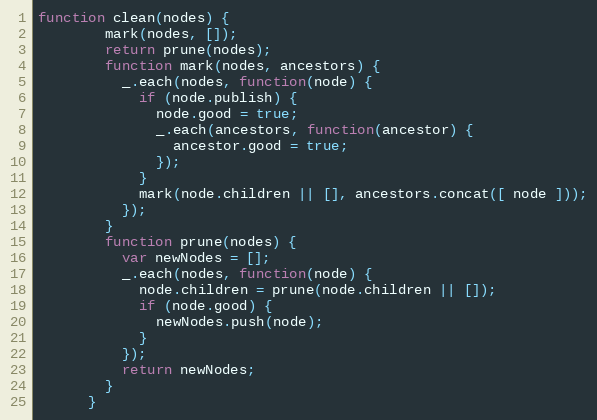
Language: JavaScript
function clean(nodes) {
        mark(nodes, []);
        return prune(nodes);
        function mark(nodes, ancestors) {
          _.each(nodes, function(node) {
            if (node.publish) {
              node.good = true;
              _.each(ancestors, function(ancestor) {
                ancestor.good = true;
              });
            }
            mark(node.children || [], ancestors.concat([ node ]));
          });
        }
        function prune(nodes) {
          var newNodes = [];
          _.each(nodes, function(node) {
            node.children = prune(node.children || []);
            if (node.good) {
              newNodes.push(node);
            }
          });
          return newNodes;
        }
      }